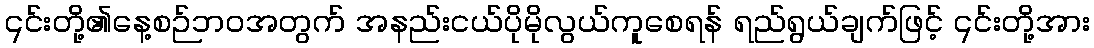
၎င်းတို့၏နေ့စဉ်ဘဝအတွက် အနည်းငယ်ပိုမိုလွယ်ကူစေရန် ရည်ရွယ်ချက်ဖြင့် ၎င်းတို့အား